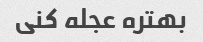
بهتره عجله کنی